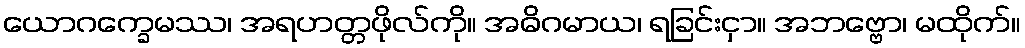
ယောဂက္ခေမဿ၊ အရဟတ္တဖိုလ်ကို။ အဓိဂမာယ၊ ရခြင်းငှာ။ အဘဗ္ဗော၊ မထိုက်။